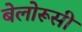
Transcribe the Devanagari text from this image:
बेलोरूसी